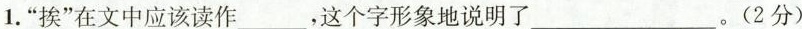
1.”挨”在文中应该读作___，这个字形象地说明了___。(2分)